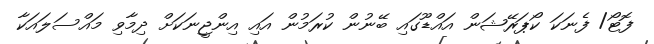
ފޮޓޯ/ ފެނަކަ ކޯޕަރޭޝަން އައްޑޫގައި ބޭނުން ކުރަމުން އައި އިންޖީނަކަށް ދިމާވި މައްސަލައަކާ